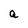
Character: a